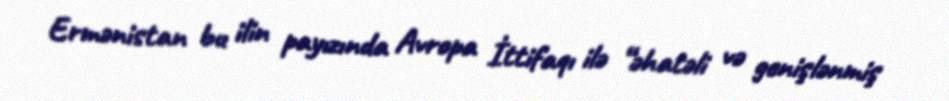
Ermənistan bu ilin payızında Avropa İttifaqı ilə “əhatəli və genişlənmiş